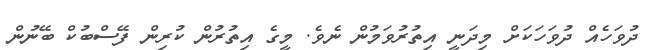
ދުވަހެއް ދުވަހަކަށް މިދަނީ އިތުރުވަމުން ނެވެ. މީގެ އިތުރުން ކުރިން ފޭސްބުކް ބޭނުން